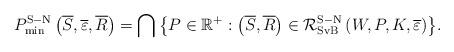
LaTeX: \begin{align*}P_{\min }^{{\rm{S-N}}}\left( {\overline S ,\overline \varepsilon ,\overline R } \right) = \bigcap {\left\{ {P \in {{\mathbb{R}}^ + }:\left( {\overline S ,\overline R } \right) \in {\mathcal{R}}_{{\rm{SvB}}}^{{\rm{S-N}}}\left( {W,P,K,\overline \varepsilon } \right)} \right\}}.\end{align*}